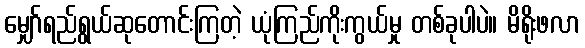
မျှော်ရည်ရွယ်ဆုတောင်းကြတဲ့ ယုံကြည်ကိုးကွယ်မှု တစ်ခုပါပဲ။ မိရိုးဖလာ